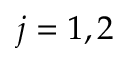
j = 1 , 2